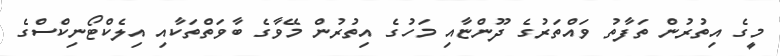
މީގެ އިތުރުން ތަފާތު ވައްތަރުގެ ދޫންޏާއި މަހުގެ އިތުރުން މޭވާގެ ބާވަތްތަކާއި އިލެކްޓޯނިކްސްގެ